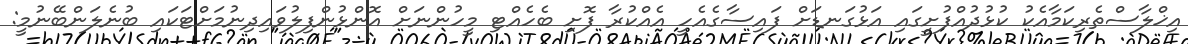
އިޚްލާސްތެރިކަމާއެކު ކުޅުދުއްފުށީގައި އަޅުގަނޑަށް ފައިސާގެއެހީ އެއްކުރާ ފޮށި ބެހެއްޓި މީހުންނަށް އޮންޅުންފިލުވައިދިނުމަށްޓަކައި ބުނެލަންބޭނުމީ: